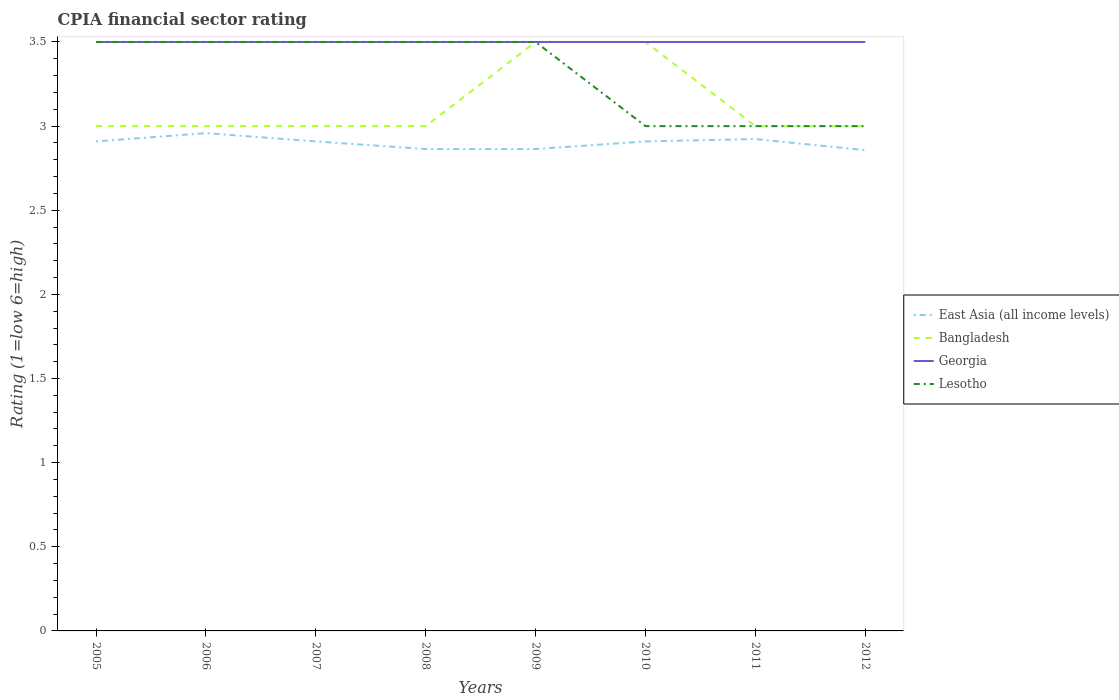
| Years | East Asia (all income levels) | Bangladesh | Georgia | Lesotho |
 | --- | --- | --- | --- | --- |
 | 2005 | 2.91 | 3 | 3.5 | 3.5 |
 | 2006 | 2.96 | 3 | 3.5 | 3.5 |
 | 2007 | 2.91 | 3 | 3.5 | 3.5 |
 | 2008 | 2.86 | 3 | 3.5 | 3.5 |
 | 2009 | 2.86 | 3.5 | 3.5 | 3.5 |
 | 2010 | 2.91 | 3.5 | 3.5 | 3 |
 | 2011 | 2.92 | 3 | 3.5 | 3 |
 | 2012 | 2.86 | 3 | 3.5 | 3 |